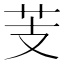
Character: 芰